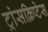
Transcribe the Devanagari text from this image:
ट्रांसक्रिप्टेस